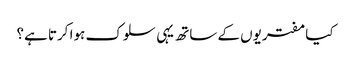
کیا مفتریوں کے ساتھ یہی سلوک ہوا کرتا ہے؟